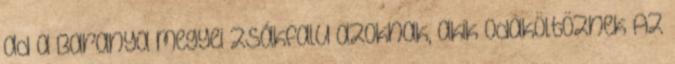
ad a Baranya megyei zsákfalu azoknak, akik odaköltöznek Az